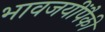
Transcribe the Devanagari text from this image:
भावजयींपैकी